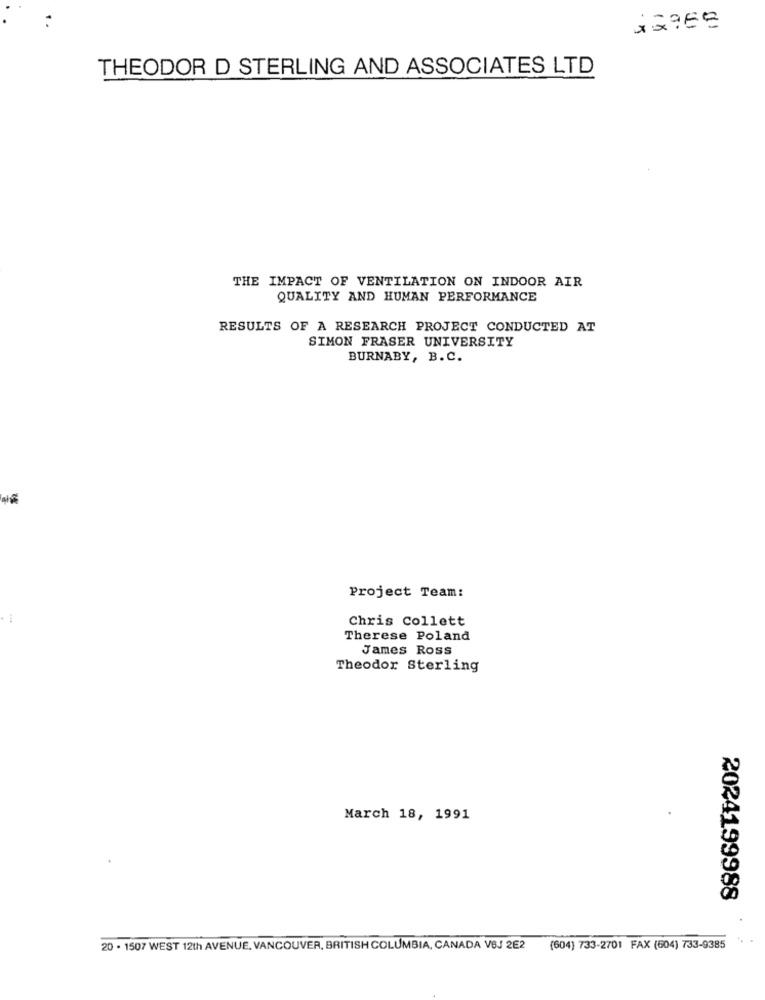
THEODOR D STERLING AND ASSOCIATES LTD
THE IMPACT OF VENTILATION ON INDOOR AIR
QUALITY AND HUMAN PERFORMANCE
RESULTS OF A RESEARCH PROJECT CONDUCTED AT
SIMON FRASER UNIVERSITY
BURNABY, B.C.
Project Team:
Chris Collett
Therese Poland
James Ross
Theodor Sterling
March 18, 1991
2024199988
20 · 1507 WEST 12th AVENUE. VANCOUVER, BRITISH COLUMBIA, CANADA VBJ 2E2 (604) 733-2701 FAX (604) 733-9385